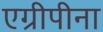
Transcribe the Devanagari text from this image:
एग्रीपीना